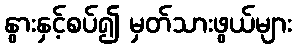
နွားနှင့်စပ်၍ မှတ်သားဖွယ်များ